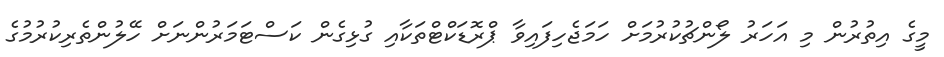
މީގެ އިތުރުން މި އަހަރު ލޯންޗުކުރުމަށް ހަމަޖެހިފައިވާ ޕްރޮޑަކްޓްތަކާއި ގުޅިގެން ކަސްޓަމަރުންނަށް ހޭލުންތެރިކުރުމުގެ